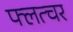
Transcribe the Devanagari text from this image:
फ्लत्चर